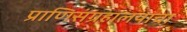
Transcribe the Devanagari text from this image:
प्राणिसंग्रहालयाचा